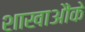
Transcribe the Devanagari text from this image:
शाखाऔंके